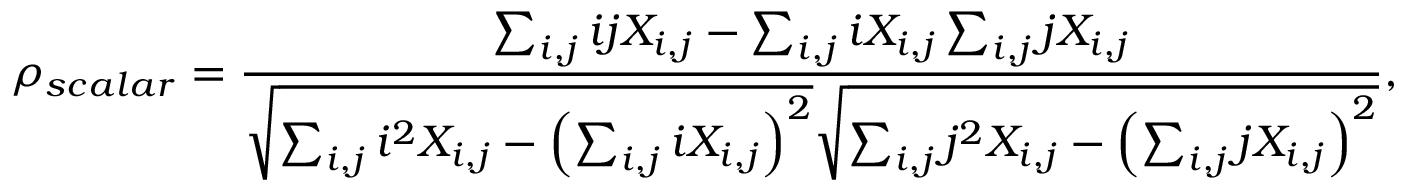
\rho _ { s c a l a r } = \frac { \sum _ { i , j } i j X _ { i , j } - \sum _ { i , j } i X _ { i , j } \sum _ { i , j } j X _ { i , j } } { \sqrt { \sum _ { i , j } i ^ { 2 } X _ { i , j } - \left( \sum _ { i , j } i X _ { i , j } \right) ^ { 2 } } \sqrt { \sum _ { i , j } j ^ { 2 } X _ { i , j } - \left( \sum _ { i , j } j X _ { i , j } \right) ^ { 2 } } } ,